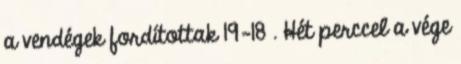
a vendégek fordítottak 19-18 . Hét perccel a vége